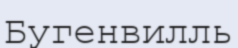
Бугенвилль